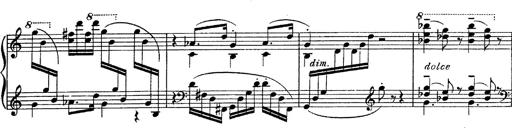
Title: Fantasie Ã¼ber Themen aus Mozarts Figaro und Don Giovanni
Composer: Franz Liszt